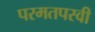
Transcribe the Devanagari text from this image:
परमतपस्वी